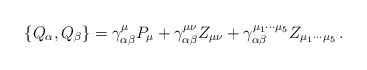
\begin{align*}\left\{ Q_{\alpha },Q_{\beta }\right\} =\gamma _{\alpha \beta }^{\mu }P_{\mu}+\gamma _{\alpha \beta }^{\mu \nu }Z_{\mu \nu }+\gamma _{\alpha \beta}^{\mu _{1}\cdots \mu _{5}}Z_{\mu _{1}\cdots \mu _{5}}\,. \end{align*}